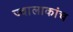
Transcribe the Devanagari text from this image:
ज्वालाकांच